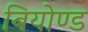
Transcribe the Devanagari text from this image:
बियोण्ड